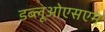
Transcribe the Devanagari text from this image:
डब्लूओएसएम